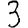
Digit: 3